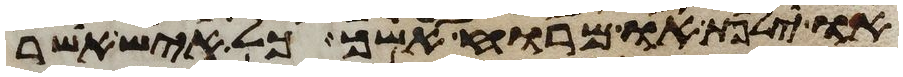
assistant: או ילפת או מרוח אשך כל איש אשר